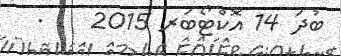
ބުދަ 14 އޮކްޓޯބަރ 2015    .